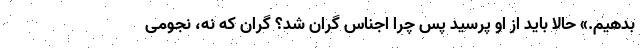
بدهیم.» حالا باید از او پرسید پس چرا اجناس گران شد؟ گران که نه، نجومی